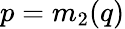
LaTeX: p=m_{2}(q)